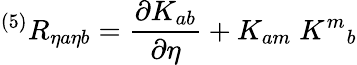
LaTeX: {}^{(5)}R_{\eta a\eta b}={\frac{\partial K_{ab}}{\partial\eta}}+K_{am}\; K^{m}{}_{b}